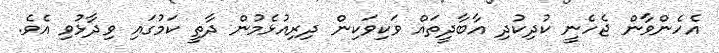
އެހެންވާން ޖެހެނީ ކުދިކުދި އާބާދީތައް ވަކިވަކިން ދިރިއުޅެމުން ދާތީ ކަމުގައި ވިދާޅުވި އެވެ.